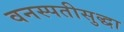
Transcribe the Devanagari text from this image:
वनस्पतीसुद्धा